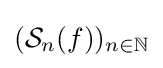
({\mathcal {S}}_{n}(f))_{n\in \mathbb {N} }